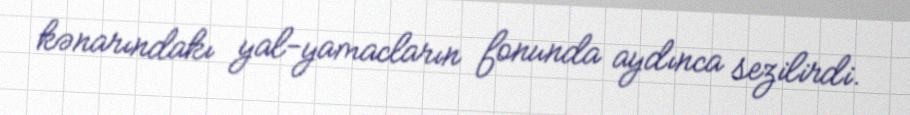
kənarındakı yal-yamacların fonunda aydınca sezilirdi.